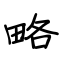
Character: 略